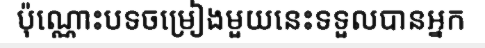
ប៉ុណ្ណោះបទចម្រៀងមួយនេះទទួលបានអ្នក